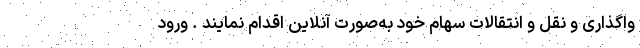
واگذاری و نقل و انتقالات سهام خود به‌صورت آنلاین اقدام نمایند . ورود